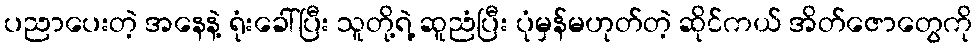
ပညာပေးတဲ့ အနေနဲ့ ရုံးခေါ်ပြီး သူတို့ရဲ့ ဆူညံပြီး ပုံမှန်မဟုတ်တဲ့ ဆိုင်ကယ် အိတ်ဇောတွေကို